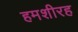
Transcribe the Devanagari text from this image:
हमशीरह